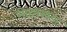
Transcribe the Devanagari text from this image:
मोहनखेडा